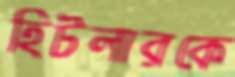
হিটলারকে